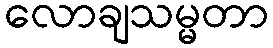
လောချသမ္မတာ